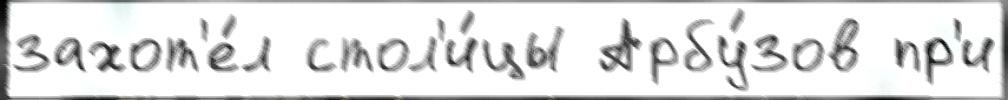
захот'е́л стол'и́цы Арбу́зов пр'и